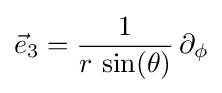
{\vec {e}}_{3}={\frac {1}{r\,\sin(\theta )}}\,\partial _{\phi }